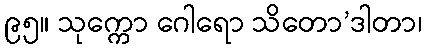
၉၅။ သုက္ကော ဂေါရော သိတော’ဒါတာ၊